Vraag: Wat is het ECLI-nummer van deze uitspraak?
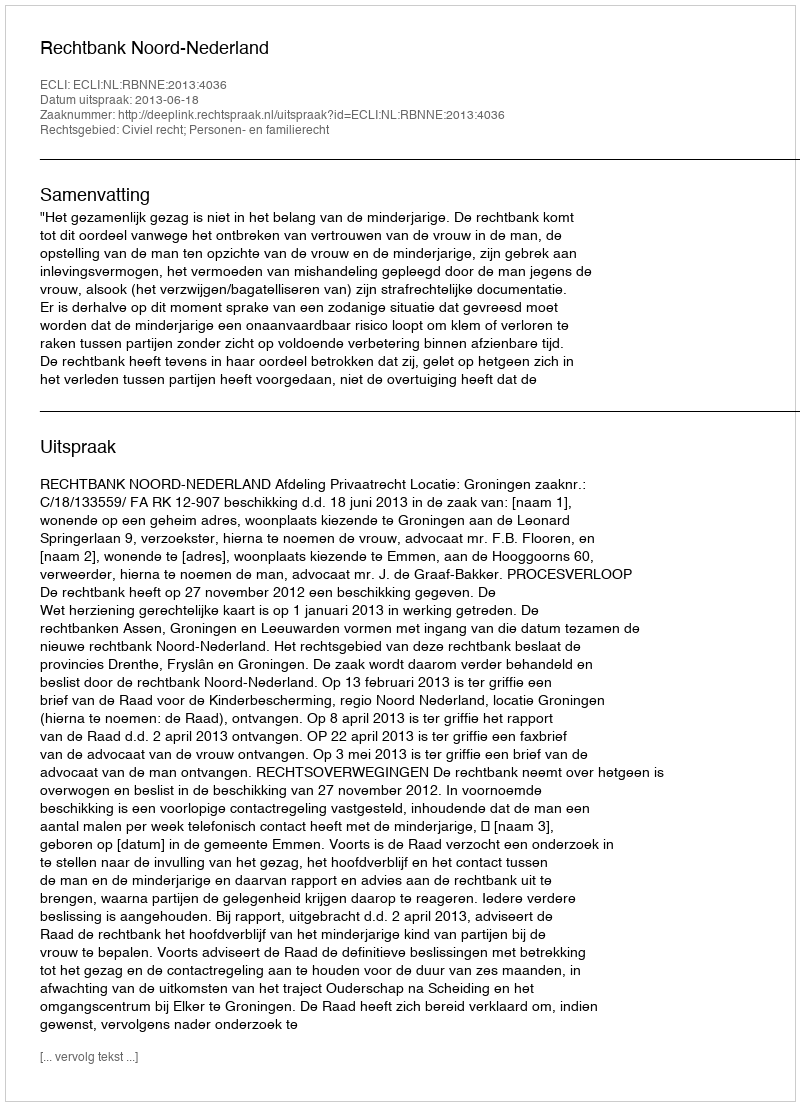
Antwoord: ECLI:NL:RBNNE:2013:4036